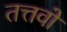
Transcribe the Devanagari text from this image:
तत्तवों